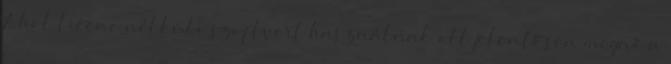
Ahol licenc nélküli szoftvert használnak ott jelentősen megnő a